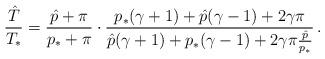
LaTeX: \begin{align*} \frac{\hat T}{T_*}=\frac{\hat p+\pi}{p_*+\pi}\cdot\frac{p_*(\gamma+1)+\hat p(\gamma-1)+2\gamma\pi}{ \hat p(\gamma+1)+p_*(\gamma-1)+2\gamma\pi\frac{\hat p}{p_*}}\,.\end{align*}